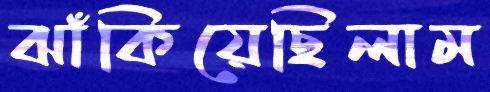
ঝাঁকিয়েছিলাম